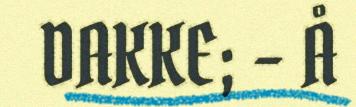
DAKKE; – Å